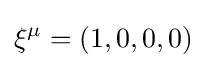
\xi ^{\mu }=(1,0,0,0)